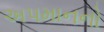
અપમાનનો